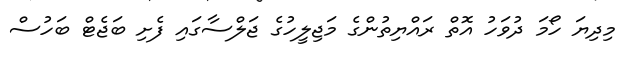
މިދިޔަ ހޯމަ ދުވަހު އޮތް ރައްޔިތުންގެ މަޖިލީހުގެ ޖަލްސާގައި ފެށި ބަޖެޓް ބަހުސް